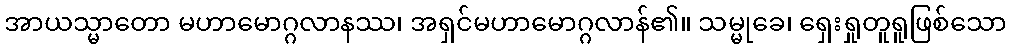
အာယသ္မာတော မဟာမောဂ္ဂလာနဿ၊ အရှင်မဟာမောဂ္ဂလာန်၏။ သမ္မုခေ၊ ရှေးရှုတူရူဖြစ်သော